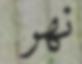
نھر